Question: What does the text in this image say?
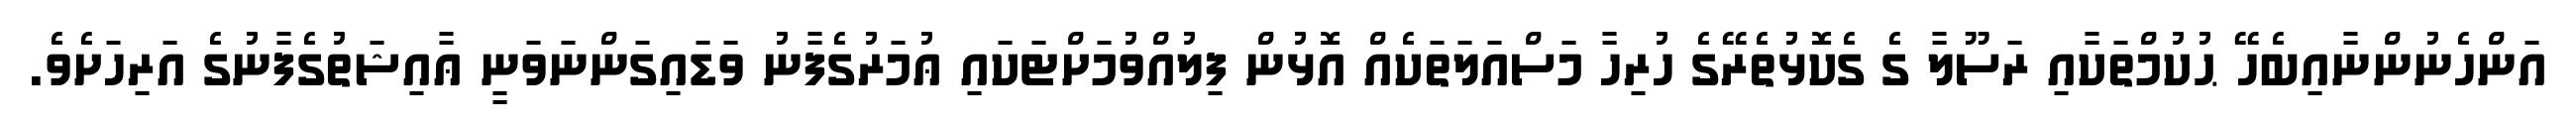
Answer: އަންހެނުންނާއިބެހޭ ޙުކުމްތަކާއި ރަސޫލާ ގެ ގެކޮޅުތެރޭގެ ހުރިހާ މަސްއަލަތަކެއް އޮޅުން ފިލުއްވުމަށްޓަކައި ޢުމަރުގެފާނު ވަޑައިގަންނަވަނީ ޢާއިޝަތުގެފާނުގެ އަރިހަށެވެ.